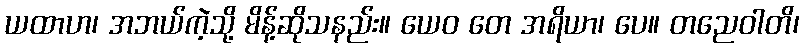
ယထာဟ၊ အဘယ်ကဲ့သို့ မိန့်ဆိုသနည်း။ ယေဝ တေ အရိယာ၊ ပေ။ တညေဝါတိ၊